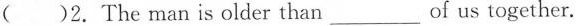
()2.The man is older than___of us together.